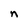
Character: n